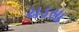
ચડસા